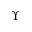
\Upsilon